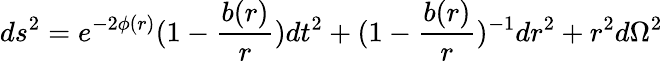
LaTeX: ds^{2}=e^{-2\phi(r)}(1-\frac{b(r)}{r})dt^{2}+(1-\frac{b(r)}{r})^{-1}dr^{2}+r^{2}d\Omega^{2}